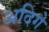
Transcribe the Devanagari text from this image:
अदिगे